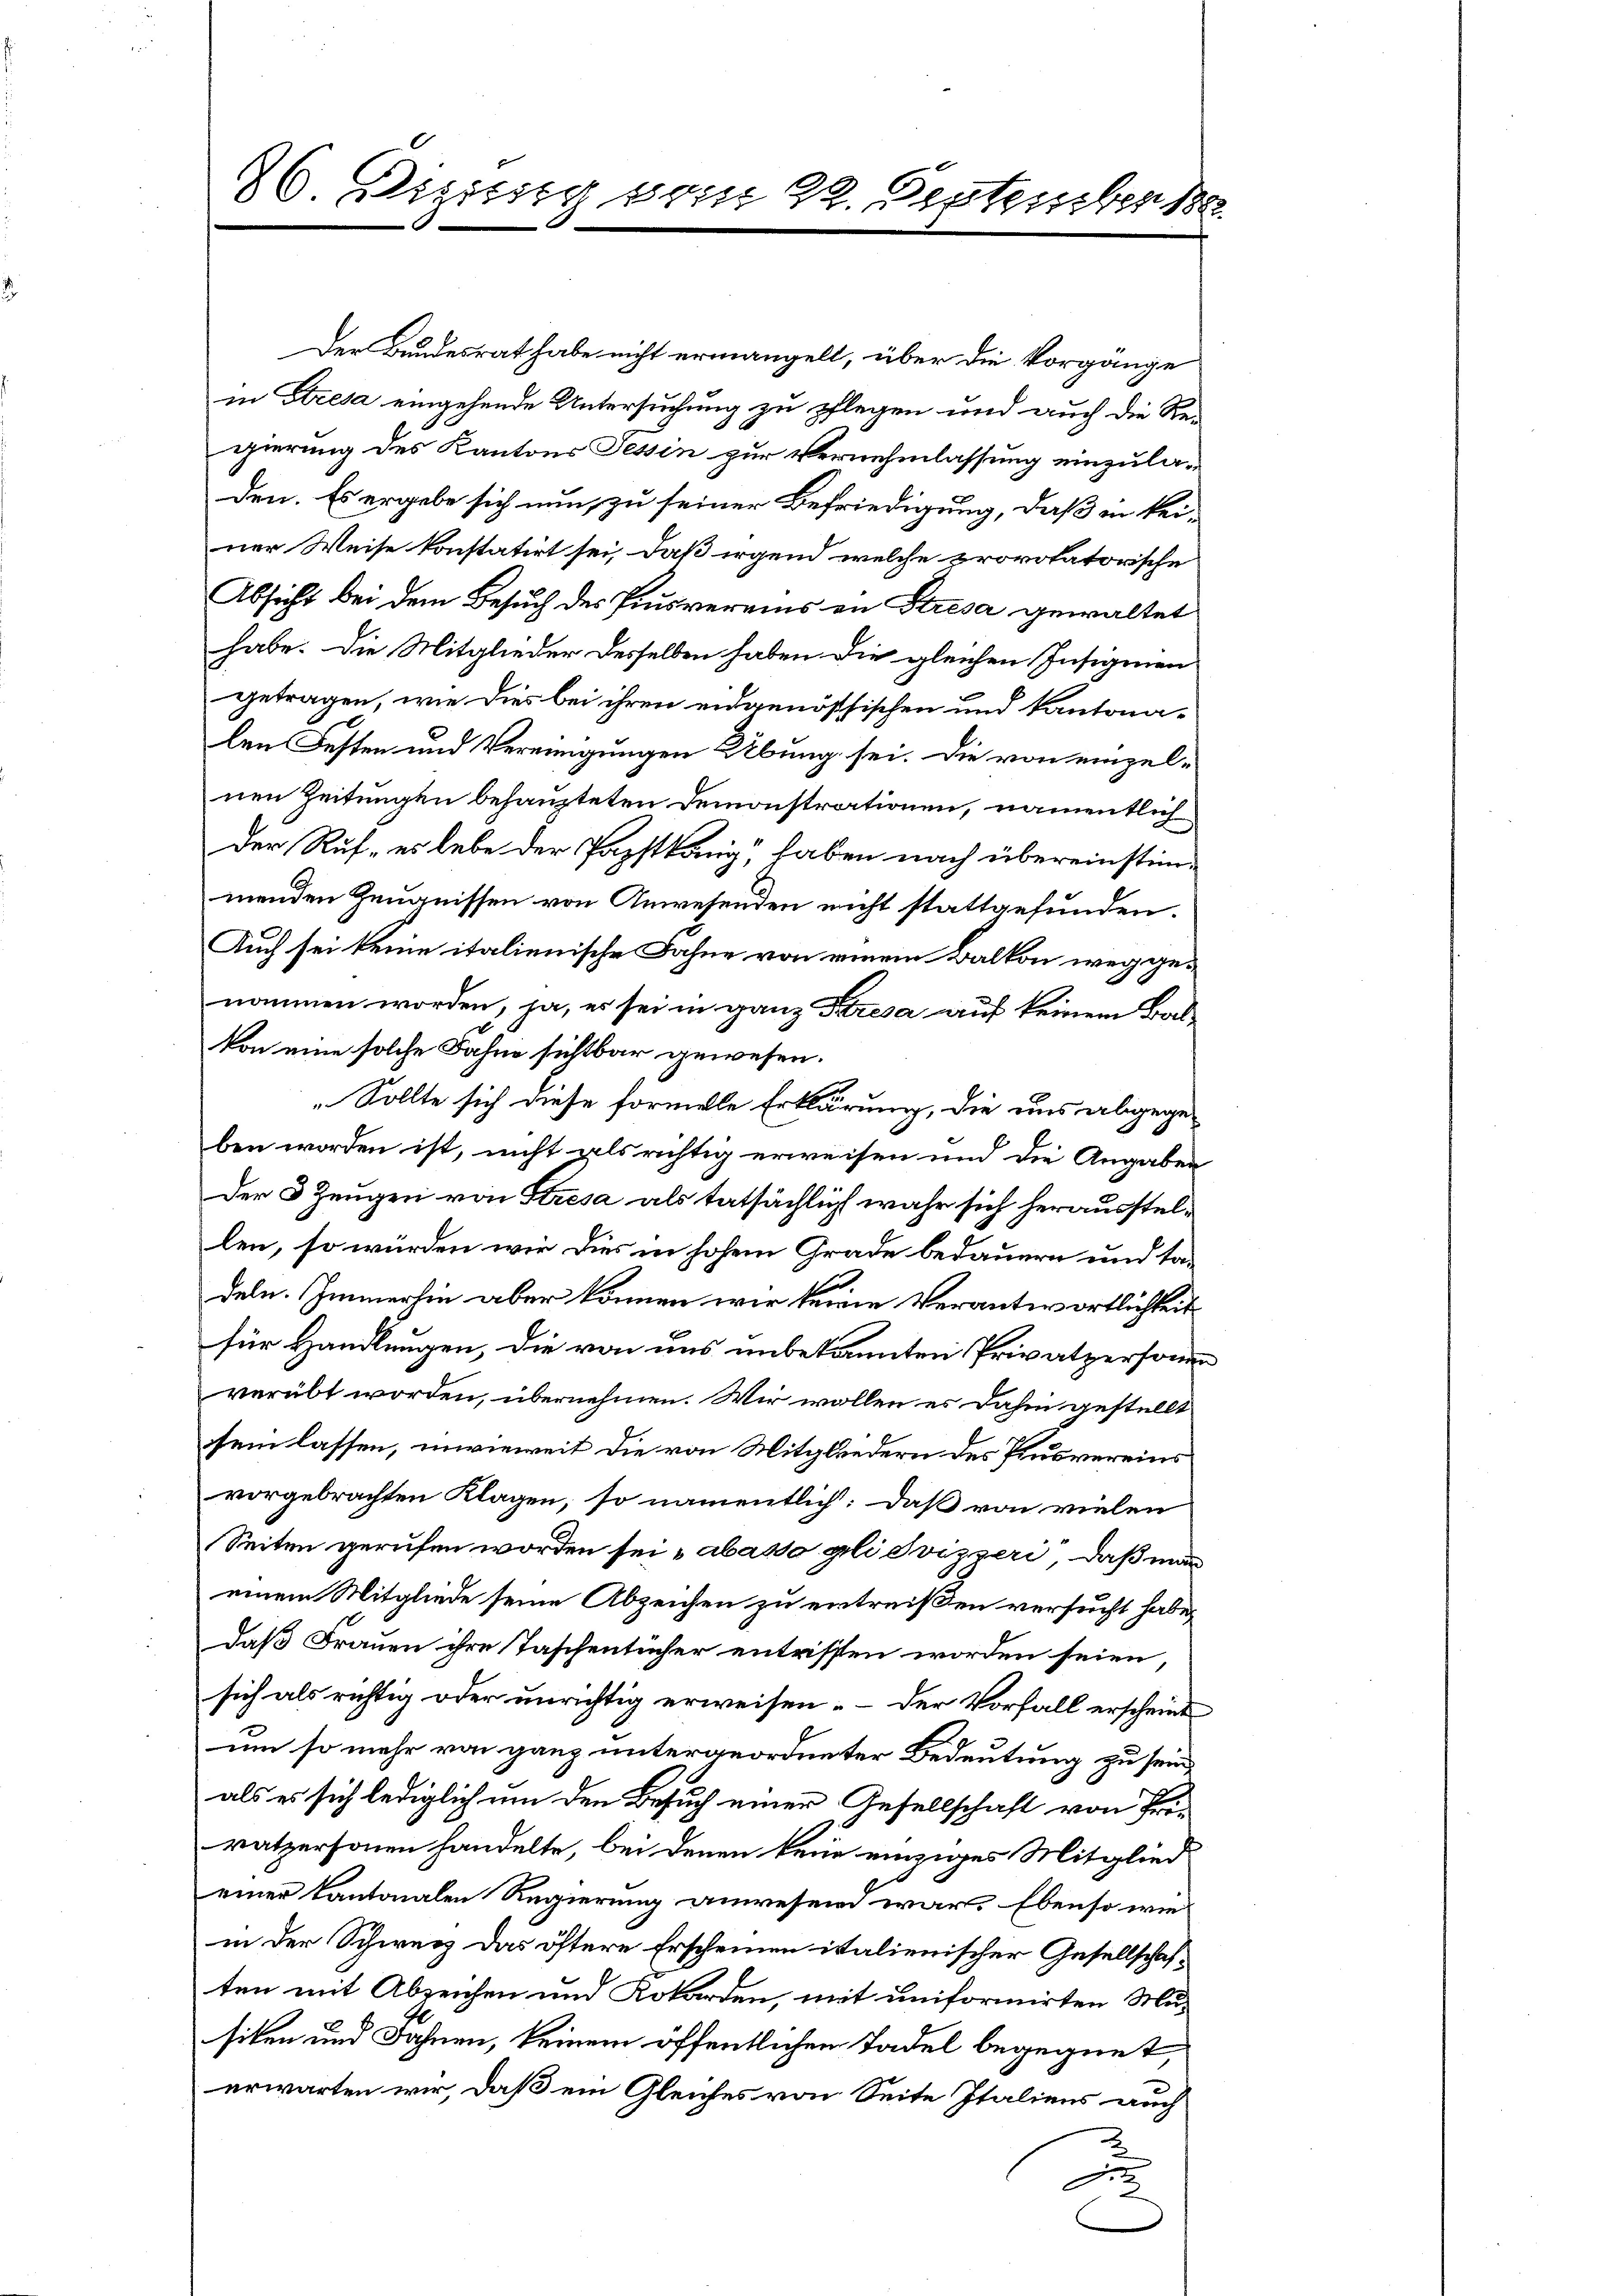
86 Dizistig vom 29. September 188

Der Bundesrat habe nicht ermangelt, über die Vorgänge
in Stresa eingehende Untersuchung zu pflegen und auch die Re-
gierung des Kantons Tessin zur Vernehmlassung einzuladen. Es ergebe sich nun zu seiner Befriedigung, daß in keiner Weise konstatirt sei, daß irgend welche provolatorische
Absicht bei dem Besuch des Piusvereins in Stresa gewaltet
habe. Die Mitglieder desselben haben die gleichen Insigenen
getragen, wie dies bei ihren eidgenössischen und kantonalen Festen und Vereinigungen Übung sei. Die von einzelnen Zeitungen behaupteten Demonstrationen, namentlich
Der Ruf, es lebe der Papstkäng“, haben nach übereinstimmenden Zeugnissen von Anwesenden nicht stattgefunden.
Auch sei keine italienische Fahne von einem Balkon weggenommen worden, ja, es sei in ganz Kresa auf keinem Balkon eine solche Fahne sichtbar gewesen.
„Sollte sich diese formelle Erklärung, die uns abgegeben worden ist, nicht als richtig erweisen und die Angaben
Der 3 Zeugen von Kresa als tatsächlich wahr sich herausstellen, so würden wir dies in hohem Grade bedauern und tadeln. Immerhin aber können wir keine Verantwortlichkeit
für Handlungen, die von uns unbekannten Privatpersonen
verübt worden, übernehmen. Wir wollen es dahin gestellt
sein lassen, inwieweit die von Mitgliedern des Plusvereins
vorgebrachten Klagen, so namentlich: Daß von vielen
Seiten gerufen worden sei „abasso gli Svizzeri, daß man
einem Mitgliede seine Abzeichen zu entreißen versucht habe,
daß Frauen ihre Taschentücher entrissen worden seien,
sich als richtig oder unrichtig erweisen. – Der Vorfall erscheint
um so mehr von ganz untergeordneter Bedeutung zu sein
als es sich lediglich um den Besuch einer Gesellschaft von Frivatpersonen handelte, bei denen kein einziges Mitglied
einer Kantonalen Regierung anwesend war. Ebenso wie
in der Schweiz das öftere Erscheinen italienischer Gesellschaften mit Abzeichen und Kokarden, mit uniformirten Musiten und Fahnen, keinem öffentlichen Tadel begegnet,
erwarten wir, daß ein Gleiches von Seite Italiens auch
J